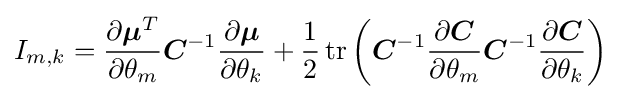
I_{m,k}={\frac {\partial {\boldsymbol {\mu }}^{T}}{\partial \theta _{m}}}{\boldsymbol {C}}^{-1}{\frac {\partial {\boldsymbol {\mu }}}{\partial \theta _{k}}}+{\frac {1}{2}}\operatorname {tr} \left({\boldsymbol {C}}^{-1}{\frac {\partial {\boldsymbol {C}}}{\partial \theta _{m}}}{\boldsymbol {C}}^{-1}{\frac {\partial {\boldsymbol {C}}}{\partial \theta _{k}}}\right)